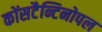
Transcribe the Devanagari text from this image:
कोंसटैन्टिनोपल